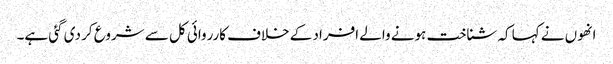
انھوں نے کہا کہ شناخت ہونے والے افراد کے خلاف کارروائی کل سے شروع کر دی گئی ہے۔